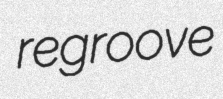
regroove